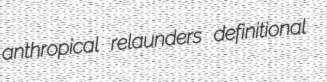
anthropical relaunders definitional